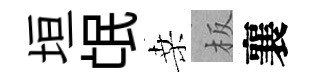
垣氓桑板襄